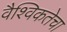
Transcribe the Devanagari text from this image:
वैश्विकतेचा